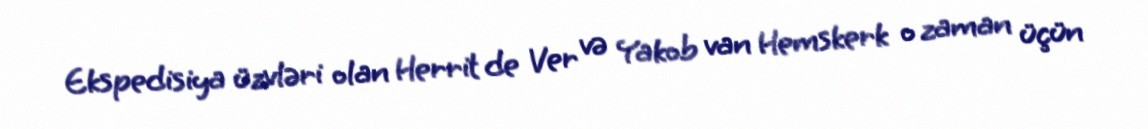
Ekspedisiya üzvləri olan Herrit de Ver və Yakob van Hemskerk o zaman üçün